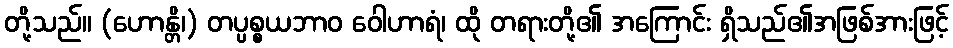
တို့သည်။ (ဟောန္တိ၊) တပ္ပစ္စယဘာဝ ဝေါဟာရံ၊ ထို တရားတို့၏ အကြောင်း ရှိသည်၏အဖြစ်အားဖြင့်